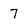
Character: 7